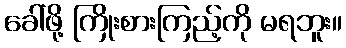
ခေါ်ဖို့ ကြိုးစားကြည့်ကို မရဘူး။